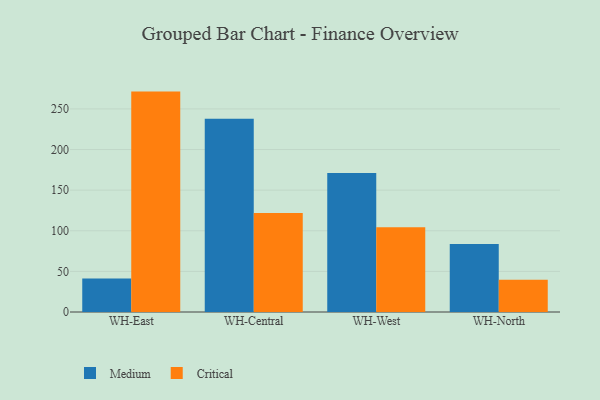
{"axis": {"x": "Warehouse", "y": "Operating Costs (USD K)"}, "legend": ["Critical", "Medium"], "data": [{"x": "WH-East", "y": 41.3, "type": "Medium"}, {"x": "WH-East", "y": 271.3, "type": "Critical"}, {"x": "WH-Central", "y": 238.0, "type": "Medium"}, {"x": "WH-Central", "y": 121.8, "type": "Critical"}, {"x": "WH-West", "y": 171.0, "type": "Medium"}, {"x": "WH-West", "y": 104.4, "type": "Critical"}, {"x": "WH-North", "y": 83.8, "type": "Medium"}, {"x": "WH-North", "y": 39.6, "type": "Critical"}]}